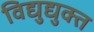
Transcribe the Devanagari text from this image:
विद्युद्युक्त